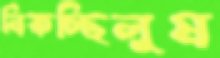
নিকচ্ছিলুম